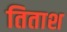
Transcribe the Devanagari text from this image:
तिताश